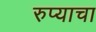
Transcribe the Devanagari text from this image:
रुप्याचा